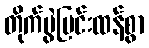
တိုက်ပွဲပြင်းထန်စွာ